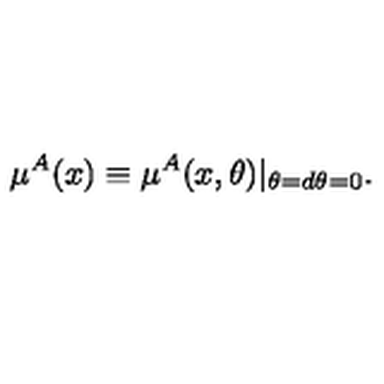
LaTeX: \mu ^ { A } ( x ) \equiv \mu ^ { A } ( x , \theta ) | _ { \theta = d \theta = 0 } .